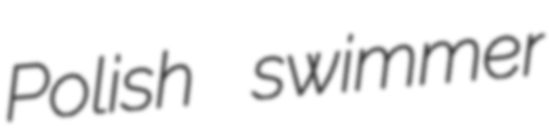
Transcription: Polish swimmer